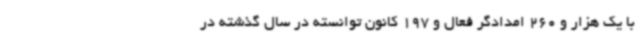
با یک هزار و 260 امدادگر فعال و 197 کانون توانسته در سال گذشته در